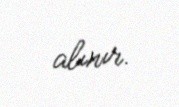
alınır.